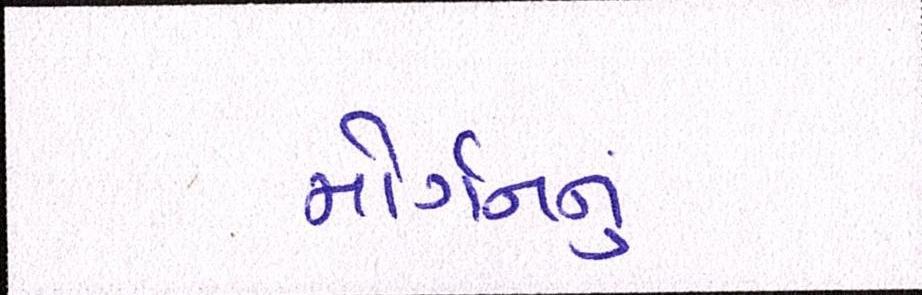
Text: મોર્ગનનું